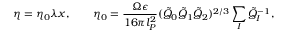
\eta = \eta _ { 0 } \lambda x , \qquad \eta _ { 0 } = \frac { \Omega \epsilon } { 1 6 \pi l _ { P } ^ { 2 } } ( \tilde { Q } _ { 0 } \tilde { Q } _ { 1 } \tilde { Q } _ { 2 } ) ^ { 2 / 3 } \sum _ { I } \tilde { Q } _ { I } ^ { - 1 } ,